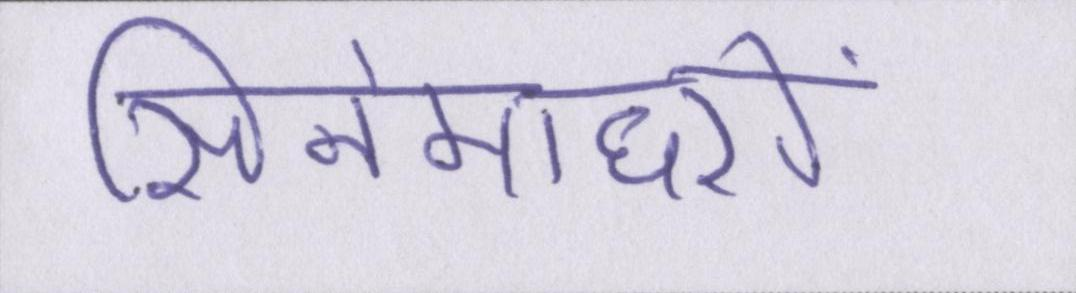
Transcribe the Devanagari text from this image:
सिनेमाघरों